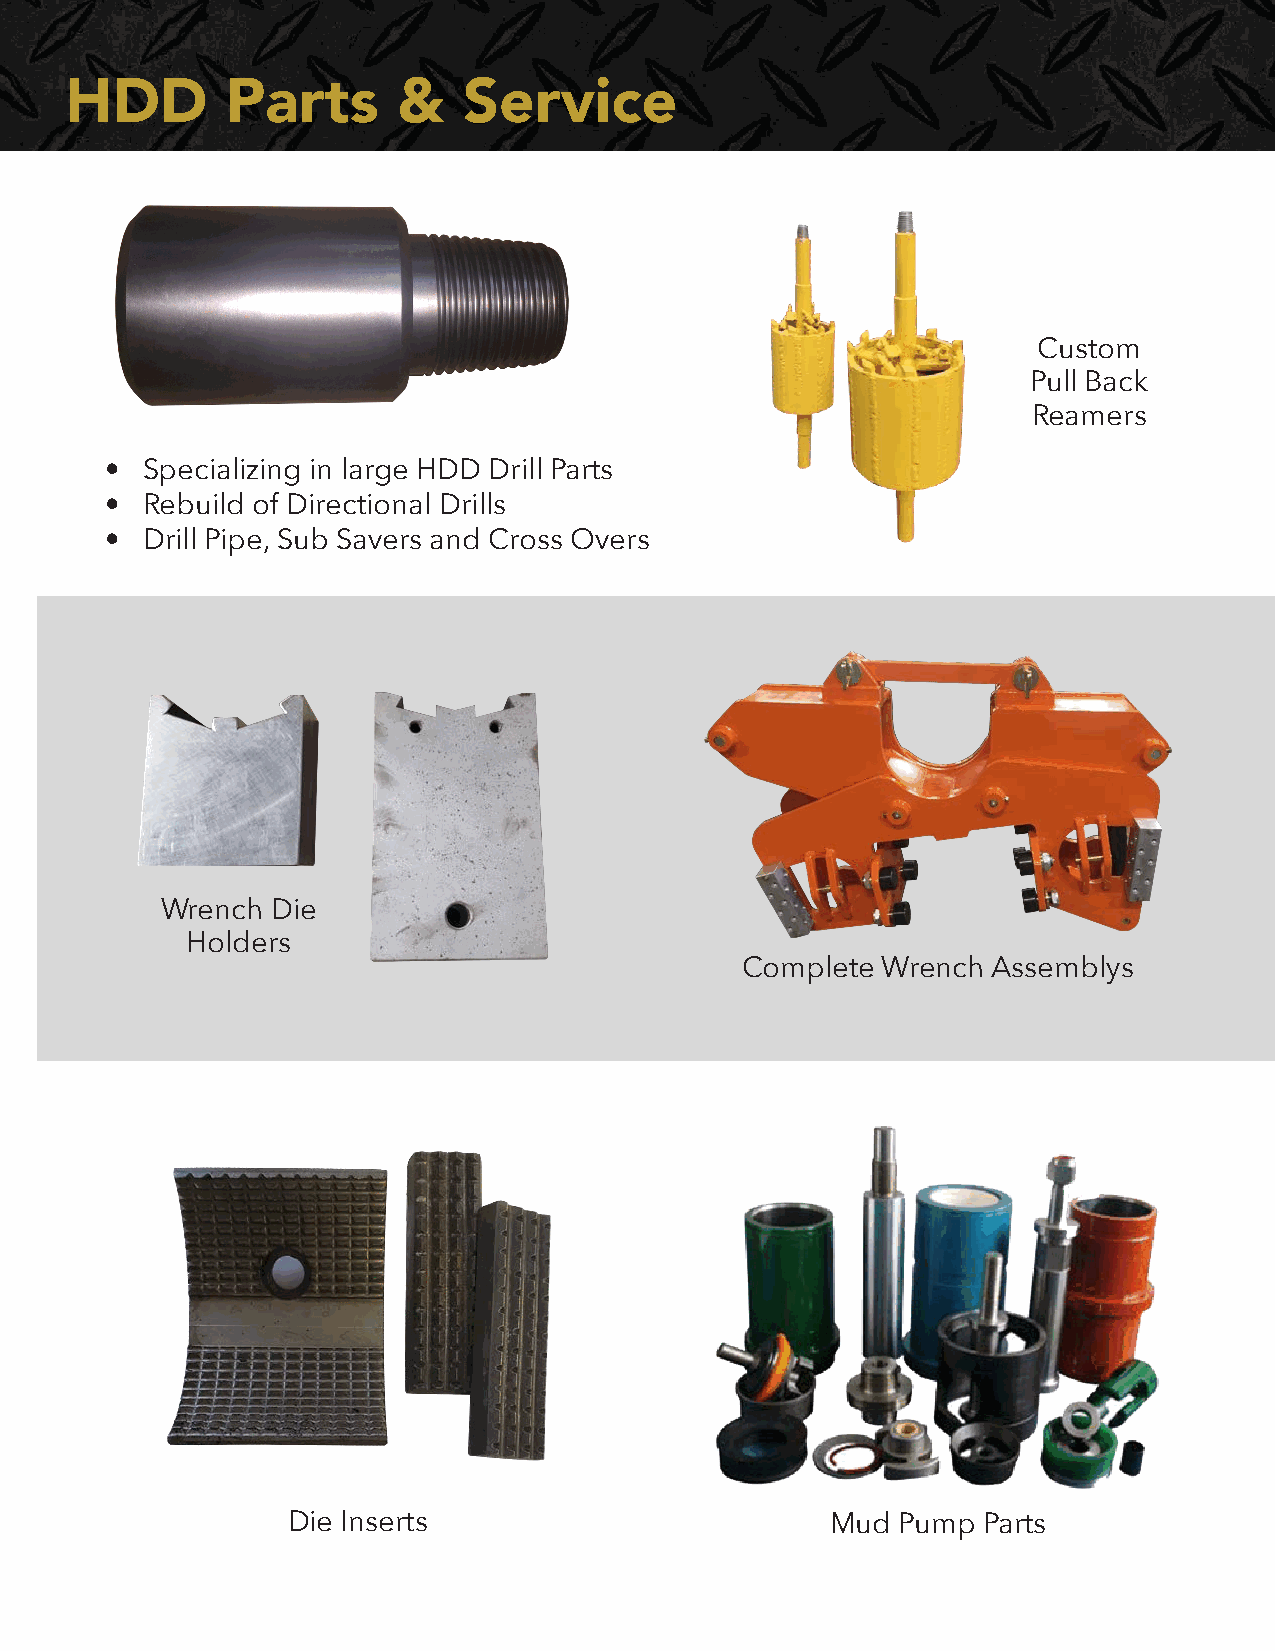
HDD        Parts      &    Service
 Custom
 Pull Back
 Reamers
 • Specializing in large HDD Drill Parts
 • Rebuild of Directional Drills
 • Drill Pipe, Sub Savers and Cross Overs
 Wrench Die
 Holders
 Complete Wrench  Assemblys
 Die Inserts                         Mud  Pump Parts